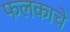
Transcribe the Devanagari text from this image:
फलकाचे